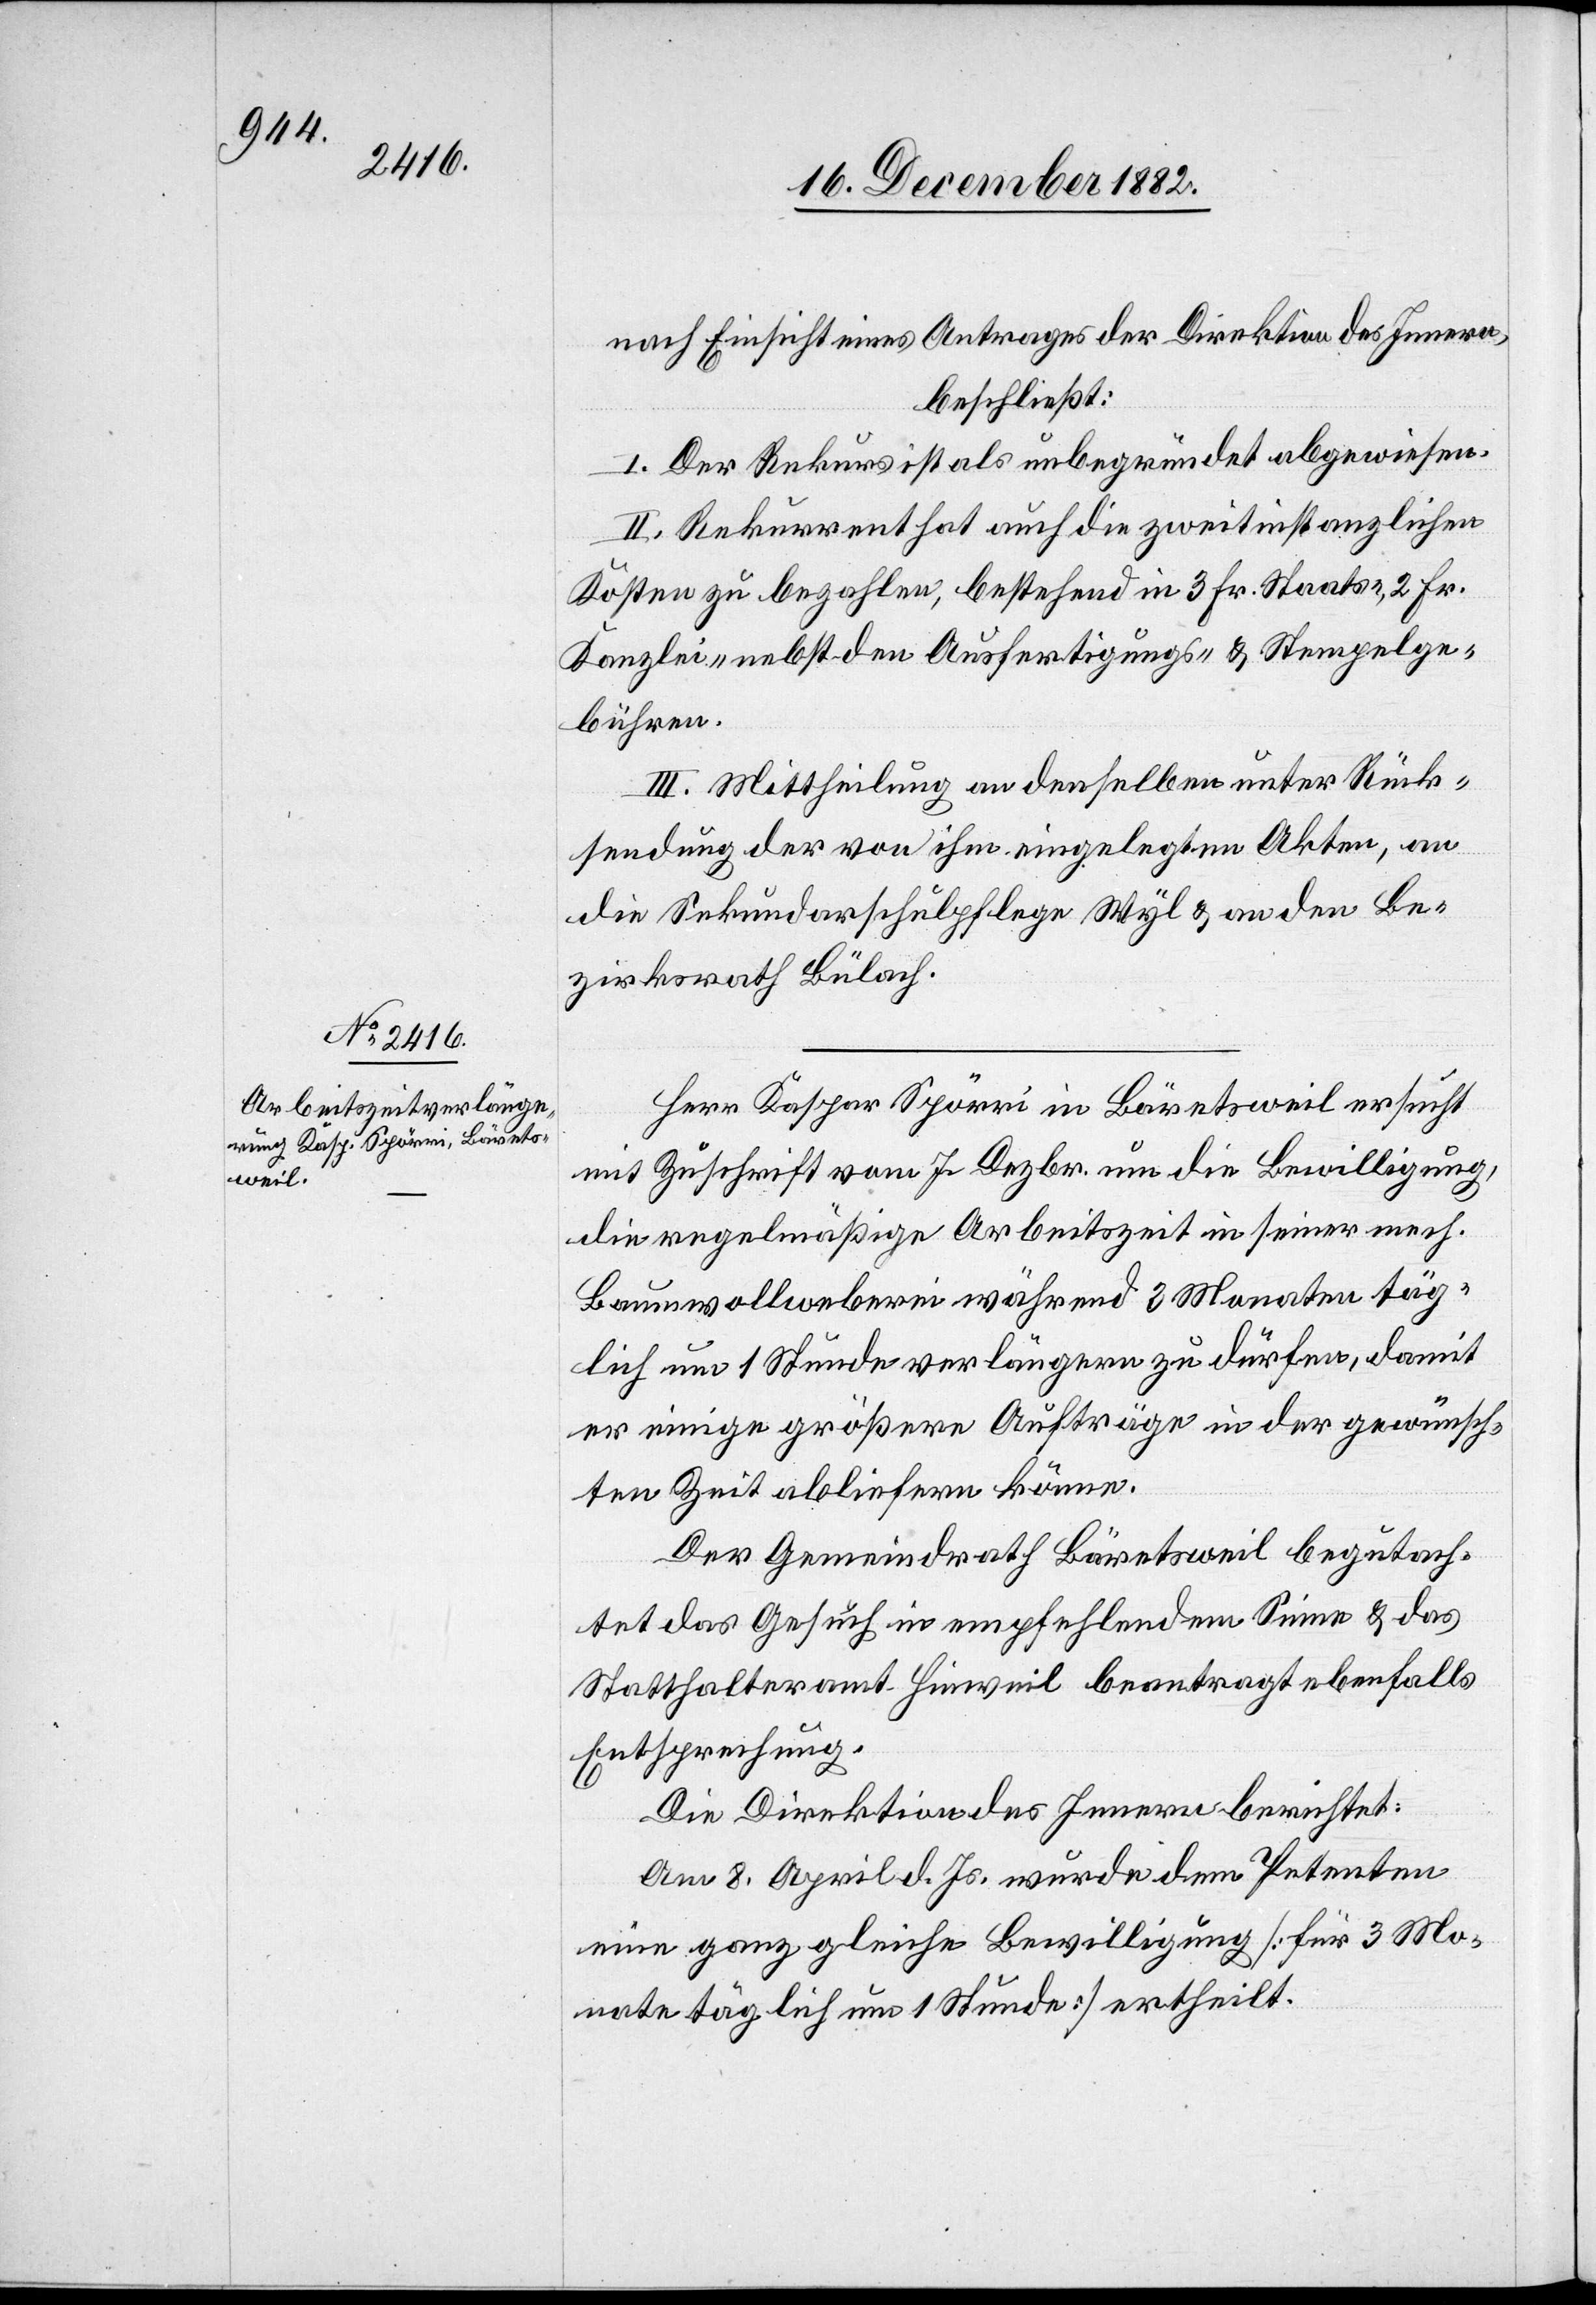
nach Einsicht eines Antrages der Direktion des Innern,
beschließt:
I. Der Rekurs ist als unbegründet abgewiesen.
II. Rekurrent hat auch die zweitinstanzlichen
Kosten zu bezahlen, bestehend in 3 Fr. Staats-, 2 Fr.
Kanzlei- nebst den Ausfertigungs- & Stempelge¬
bühren.
III. Mittheilung an denselben unter Rück¬
sendung der von ihm eingelegten Akten, an
die Sekundarschulpflege Wyl & an den Be¬
zirksrath Bülach.
Herr Kaspar Spörri in Bäretsweil ersucht
mit Zuschrift vom 7. Dezbr. um die Bewilligung,
die regelmäßige Arbeitszeit in seiner mech.
Baumwollweberei während 3 Monaten täg¬
lich um 1 Stunde verlängern zu dürfen, damit
er einige größere Aufträge in der gewünsch¬
ten Zeit abliefern könne.
Der Gemeindrath Bäretsweil begutach¬
tet das Gesuch in empfehlendem Sinne & das
Statthalteramt Hinweil beantragt ebenfalls
Entsprechung.
Die Direktion des Innern berichtet:
Am 8. April d. Js. wurde dem Petenten
eine ganz gleiche Bewilligung [für 3 Mo¬
nate täglich um 1 Stunde] ertheilt.